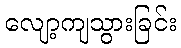
လျော့ကျသွားခြင်း